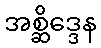
အစ္ဆိဒ္ဒေန